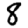
Digit: 8